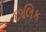
છલિક